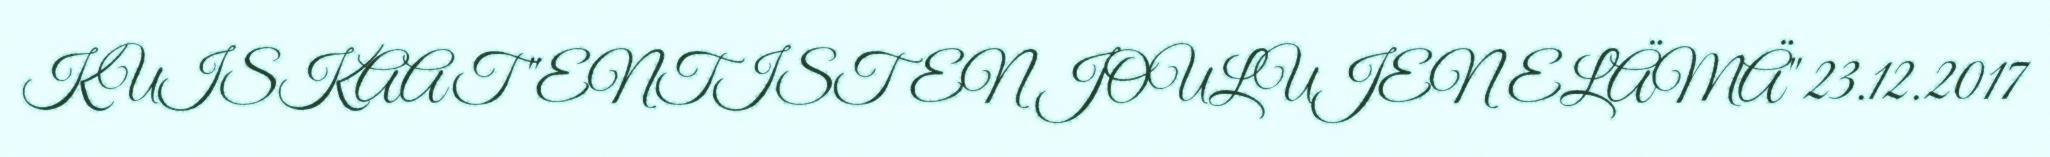
KUISKAAT "ENTISTEN JOULUJEN ELÄMÄ" 23.12.2017